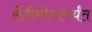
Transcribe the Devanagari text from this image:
सेंटीमीटरपर्यंत